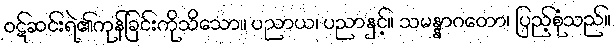
ဝဋ်ဆင်းရဲ၏ကုန်ခြင်းကိုသိသော။ ပညာယ၊ ပညာနှင့်။ သမန္နာဂတော၊ ပြည့်စုံသည်။